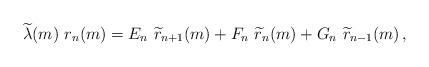
\begin{align*}\widetilde{\lambda}(m)\ r_n(m)=E_{n}\ \widetilde{r}_{n+1}(m) +F_n\ \widetilde{r}_{n}(m) +G_n\ \widetilde{r}_{n-1}(m) \,,\end{align*}